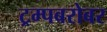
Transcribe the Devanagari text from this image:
ट्रम्पबरोबर